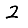
Digit: 2